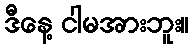
ဒီနေ့ ငါမအားဘူး။